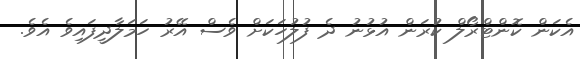
އެކަން ކޮންޓްރޯލް ކުރަން އުޅުނު ދެ ފުލުހަކަށް ވެސް އޭރު ހަމަލާދީފައިވެ އެވެ.